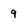
Character: 9